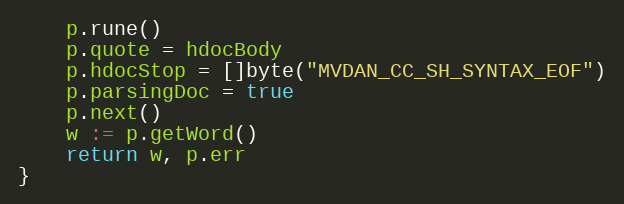
Language: Go
	p.rune()
	p.quote = hdocBody
	p.hdocStop = []byte("MVDAN_CC_SH_SYNTAX_EOF")
	p.parsingDoc = true
	p.next()
	w := p.getWord()
	return w, p.err
}